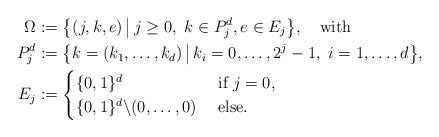
LaTeX: \begin{align*} \Omega&:=\big\{(j,k,e)\, \big|\, j\geq 0,\ k\in P_j^d, e\in E_j\big\},\ \ \textup{ with } \\ P_j^d&:=\big\{k=(k_1,\ldots,k_d)\,\big|\, k_i=0,\ldots,2^j-1,\ i=1,\ldots,d\big\}, \\ E_j&:=\begin{cases} \{0,1\}^d & \textup{ if } j=0, \\ \{0,1\}^d\backslash(0,\ldots,0) & \textup{ else.} \end{cases}\end{align*}